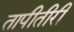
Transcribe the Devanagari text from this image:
तापीतीरी